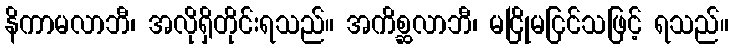
နိကာမလာဘီ၊ အလိုရှိတိုင်းရသည်။ အကိစ္ဆလာဘီ၊ မငြိုမငြင်သဖြင့် ရသည်။